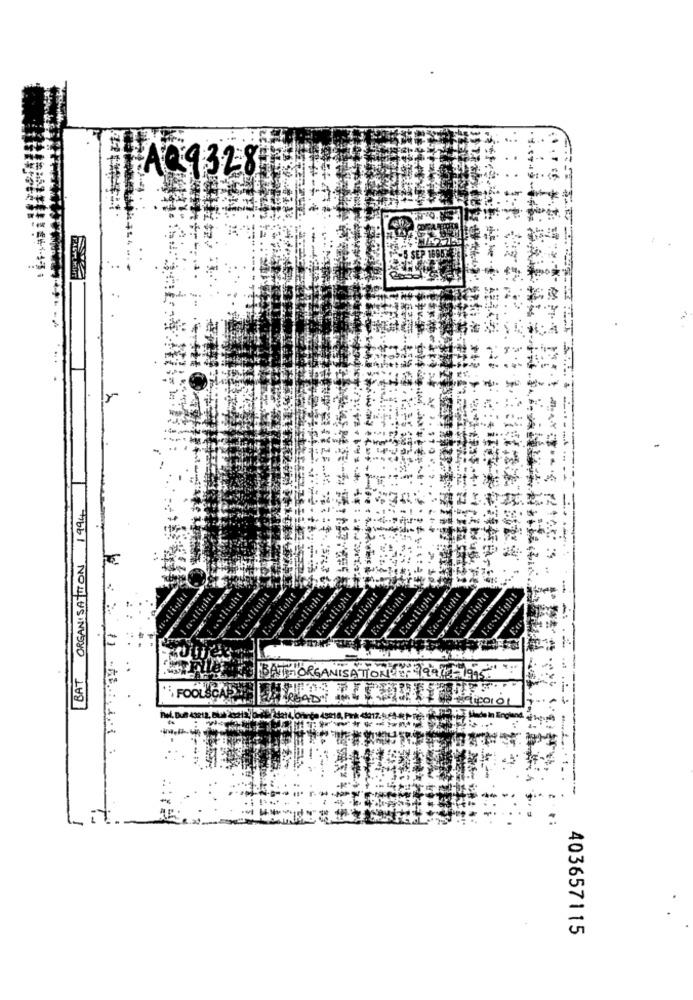
TAC9328
: +
1994
ORGANISATION
astlight
BAT
BATHORGANISATION OF 19914-1995
FOOLSCAR
100101
Pol. Duf 43212, BL
it
403657115